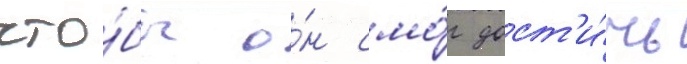
что́бы о́н смо́г дост'и́чь